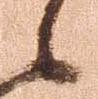
候